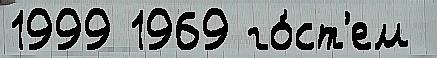
1999 1969 го́ст'ем